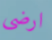
ارضي